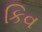
કિવ